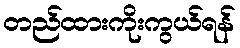
တည်ထားကိုးကွယ်ရန်